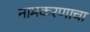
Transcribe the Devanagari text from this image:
नामकरणाचा